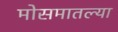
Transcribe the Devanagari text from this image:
मोसमातल्या